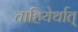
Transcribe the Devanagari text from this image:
चाहियेर्थात्